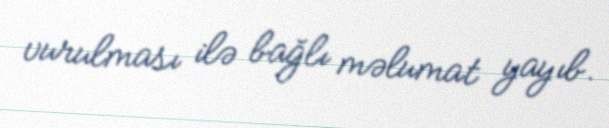
vurulması ilə bağlı məlumat yayıb.